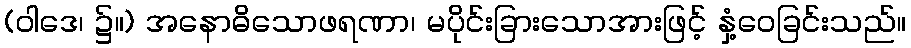
(ဝါဒေ၊ ၌။) အနောဓိသောဖရဏာ၊ မပိုင်းခြားသောအားဖြင့် နှံ့ဝေခြင်းသည်။